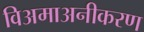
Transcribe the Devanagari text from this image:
विअमाअनीकरण